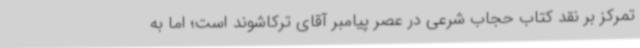
تمرکز بر نقد کتاب حجاب شرعی در عصر پیامبر آقای ترکاشوند است؛ اما به